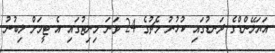
އަޔަލޭންޑްގެ ދަނޑުގައި ކުޅުނު މެޗުގެ 24 ވަނަ މިނިޓުގައި އެ ޓީމަށް ލިބުނު